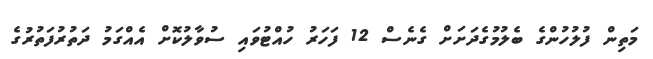
މަތިން ފުލުހުންގެ ބެލުމުގެދަށަށް ގެނެސް 12 ފަހަރު ހުއްޓުވައި ސުވާލުކޮށް އެއްގަމު ދަތުރުފަތުރުގެ